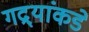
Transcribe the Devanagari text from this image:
गद्र्‍यांकडे